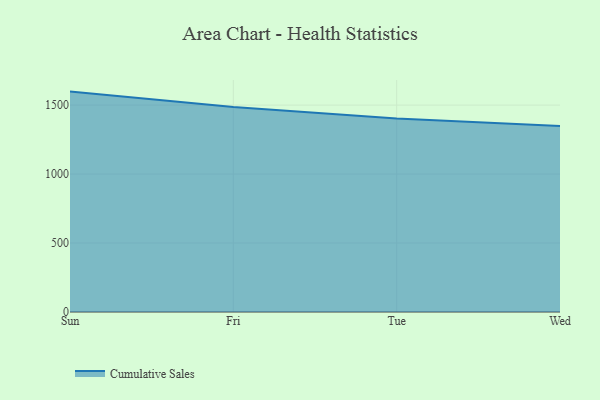
{"axis": {"x": "Day", "y": "Inventory Turnover"}, "legend": ["Cumulative Sales"], "data": [{"x": "Sun", "y": 1597.9, "type": "Cumulative Sales"}, {"x": "Fri", "y": 1486.7, "type": "Cumulative Sales"}, {"x": "Tue", "y": 1403.4, "type": "Cumulative Sales"}, {"x": "Wed", "y": 1348.7, "type": "Cumulative Sales"}]}